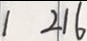
1 2 1 6